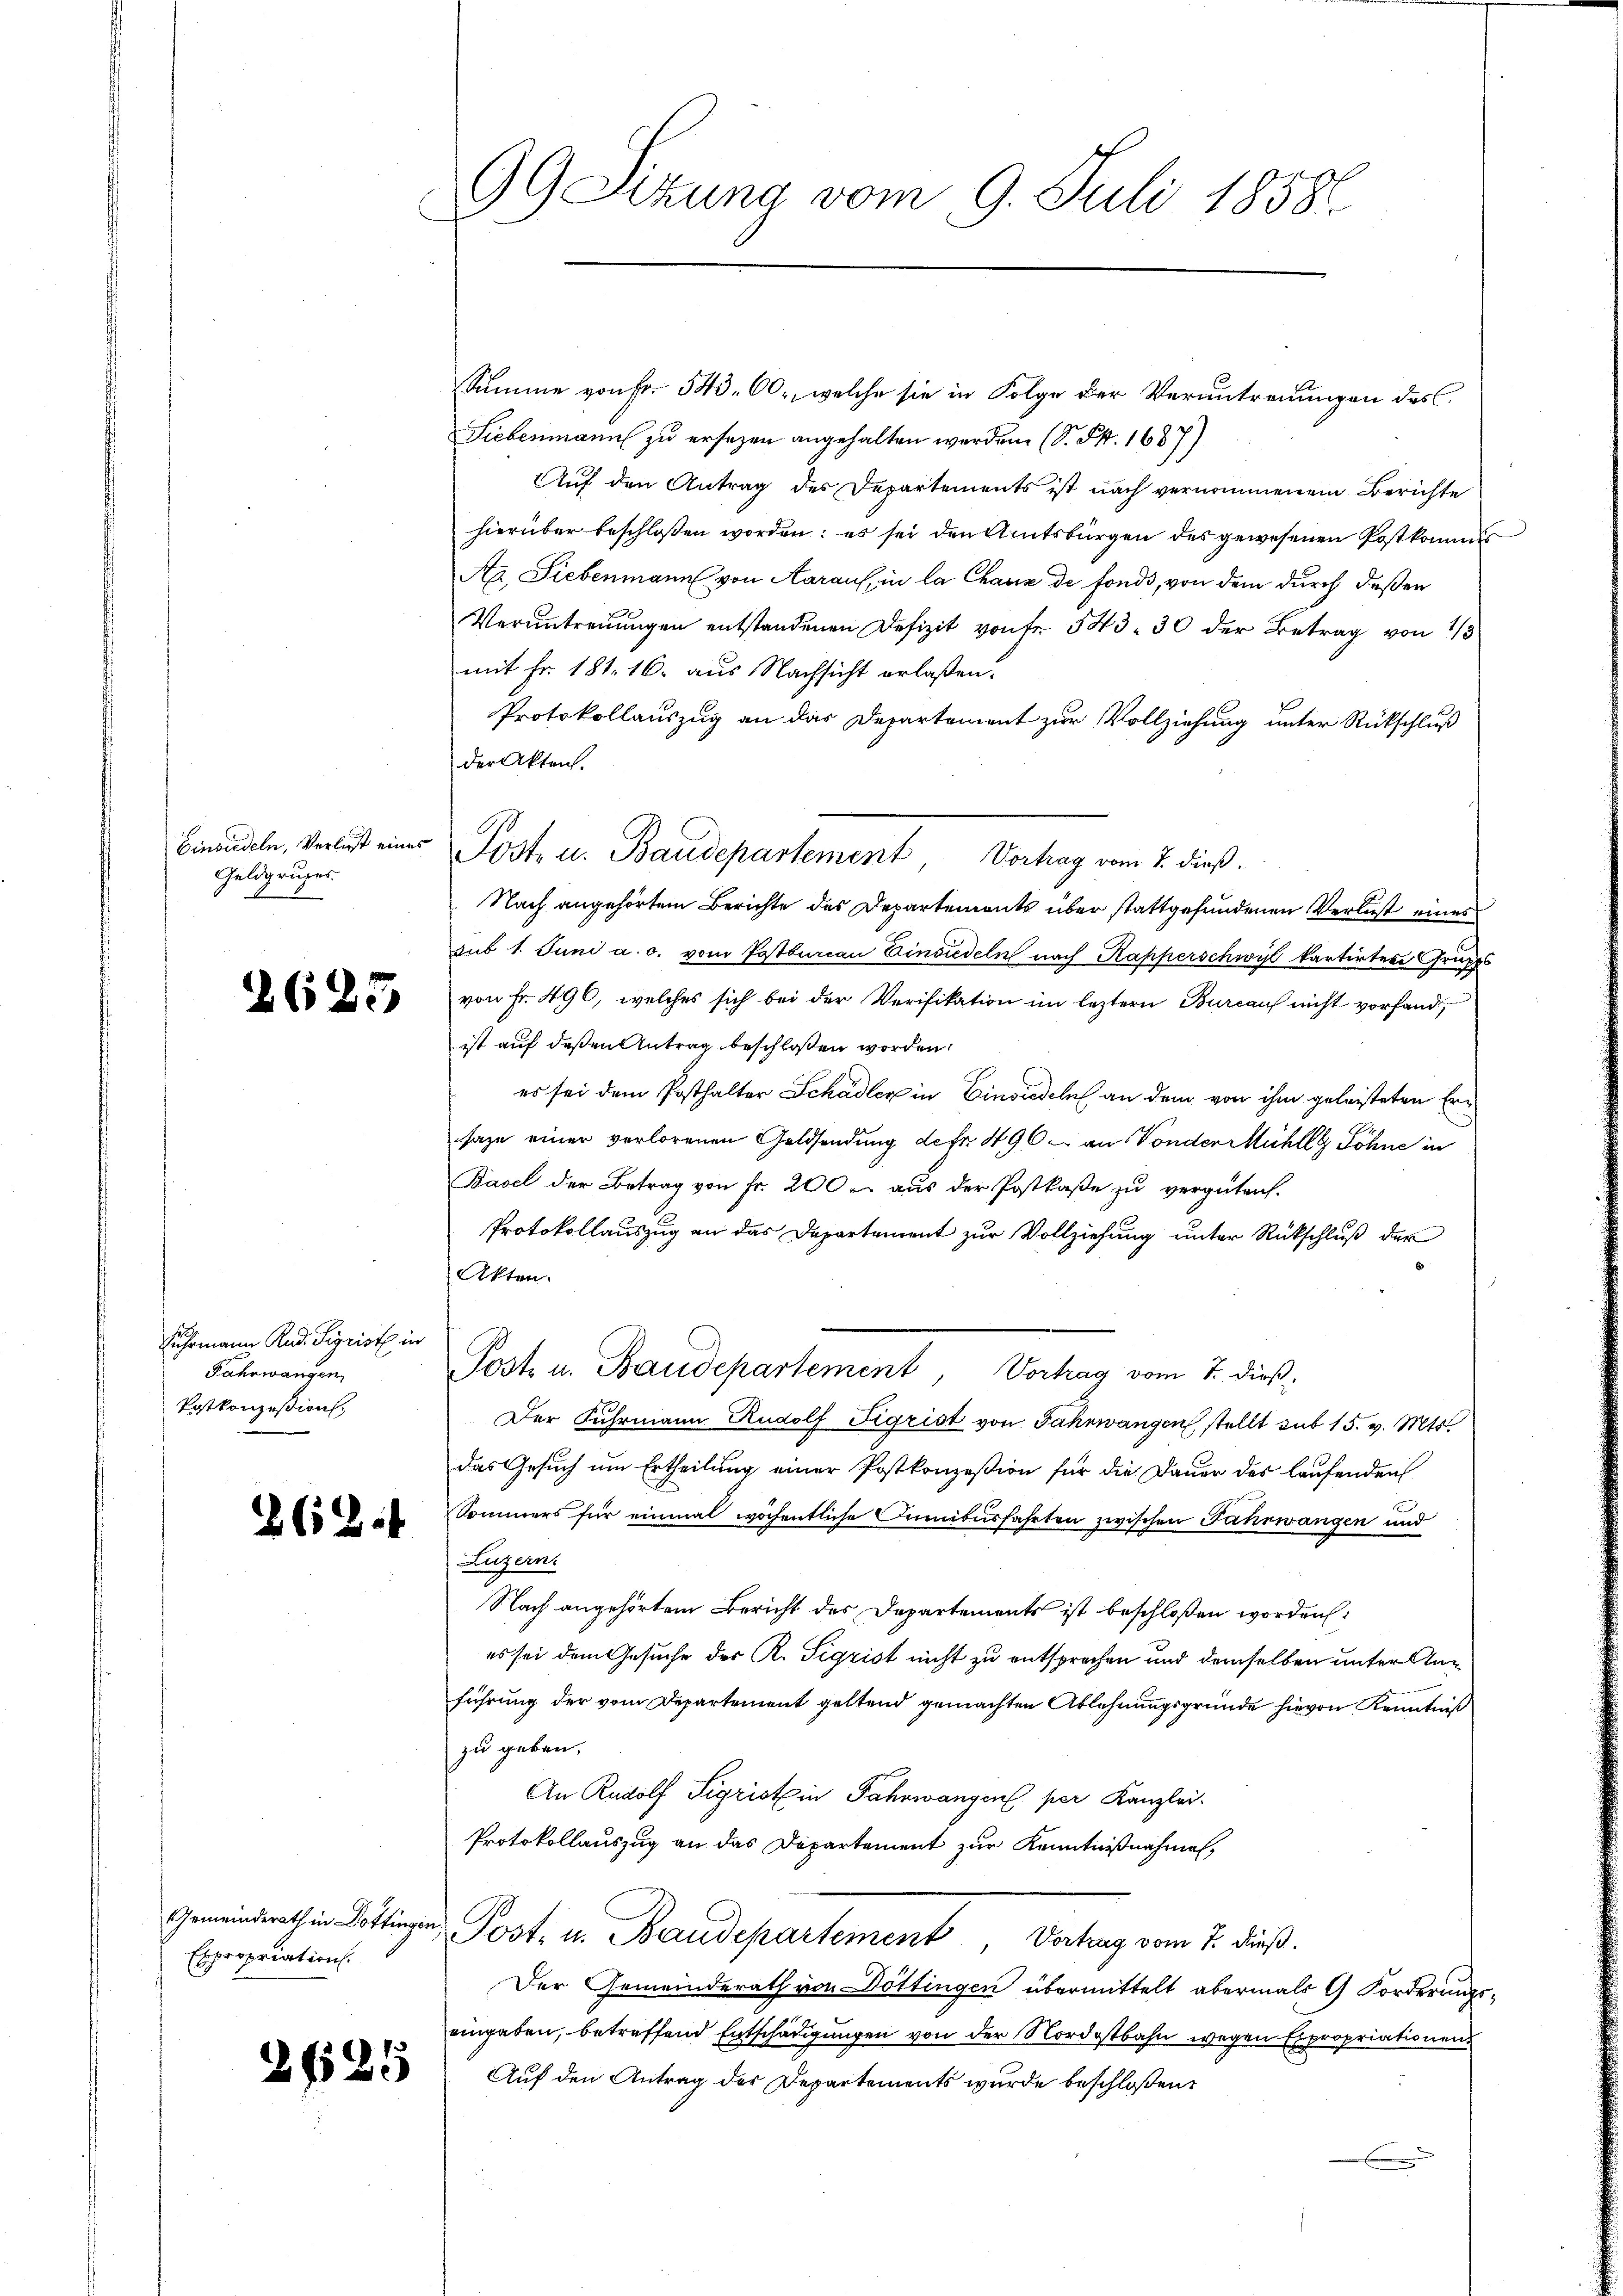
Einsiedeln, Verlust eines
Geldgruges.

2623

Fuhrmann Rud. Sigrist in
Fahrwangen
Patkonzession,

26

a

Expropriation.

2125

9Geltung vom 9. Juli 18586
f

Summe von Fr. 543. 60, welche sie in Folge der Verantreuungen des
Siebenmann zu ersezen angehalten werden. (S. S. 1687)
Auf den Antrag des Departements ist nach vernommenem Berichte
hierüber beschloßen worden: es sei den Amtsbürgen des gewesenen Postkammes
Aa, Liebenmann von Aarauf, in la Chaux de fonds, von dem durch deßen
Veruntreuungen entstandenen Defizit von fr. 543. 30 der Betrag von 1/3
mit Fr. 181, 16. aus Nachsicht erlaßen.
Protokollauszug an das Departement zur Vollziehung unter Rückschluß
der Akten.
Nach angehörtem Berichte des Departemonts über stattgefundenen Verlust eines
sub 1. Juni a. c. vom Postturau Einsiedeln nach Kapperschwyl kartirten Grupp
von Fr. 496, welches sich bei der Verifikation im leztern Bureaus nicht vorfand,
ist auf deßen Antrag beschloßen worden.
es sei dem Posthalter Schädler in Einsiedeln an dem von ihm geleisteten Ersaze einer verlorenen Geldsendung defr. 496. an Vonder Mühle Söhne in
Basel der Betrag von Fr. 200 aus der Postkase zu vergüten.
Protokollauszug an das Departement zur Vollziehung unter Rückschluß der
Akten.
Post u. Baudepartement, Vortrag vom 7. dieß,
Der Fuhrmann Rudolf Figrist von Jahrwangen stellt sub 15. v. Mts.
das Gesuch um Ertheilung einer Postkonzesion für die Dauer des laufenden
Sommers für einmal wöchentliche Junibusfahrten zwischen Fahrwangen und
Luzern.
Nach angehörtem Bericht des Departements ist beschloßen worden:
es sei dem Gesuche der R. Sigrist nicht zu entsprechen und demselben unter Staführung der vom Departement geltend gemachten Ablehnungsgründe hievon Kenntniß
zu geben.
An Rudolf Sigristin Fahrwangen per Kanzlei.
Protokollauszug an das Departement zur Kenntnißnahmen,
Gemeinderath in Bottingen Post- u. Baudepartement, Vortrag vom 7. dieß.
Der Gemeinderath von Döttingen übermittelt abermals G. Forderungs-
eingaben, betreffend Entschädigungen von der Nordostbahn wegen Expropriationen
Auf den Antrag des Departements wurde beschloßen:
e

Post, u. Baudepartement, Vortrag vom 7. dieß.